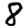
Digit: 8